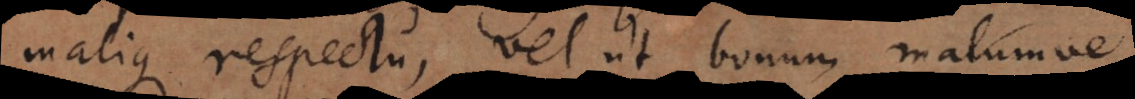
malique respectu, vel ut bonum malumve.